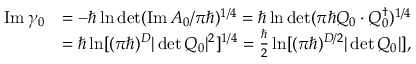
\begin{array} { r l } { \operatorname { I m } \gamma _ { 0 } } & { = - \hbar \ln \operatorname* { d e t } ( \operatorname { I m } A _ { 0 } / \pi \hbar ) ^ { 1 / 4 } = \hbar \ln \operatorname* { d e t } ( \pi \hbar Q _ { 0 } \cdot Q _ { 0 } ^ { \dag } ) ^ { 1 / 4 } } \\ & { = \hbar \ln [ ( \pi \hbar ) ^ { D } | \operatorname* { d e t } Q _ { 0 } | ^ { 2 } ] ^ { 1 / 4 } = \frac { \hbar } { 2 } \ln [ ( \pi \hbar ) ^ { D / 2 } | \operatorname* { d e t } Q _ { 0 } | ] , } \end{array}